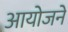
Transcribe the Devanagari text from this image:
आयोजने